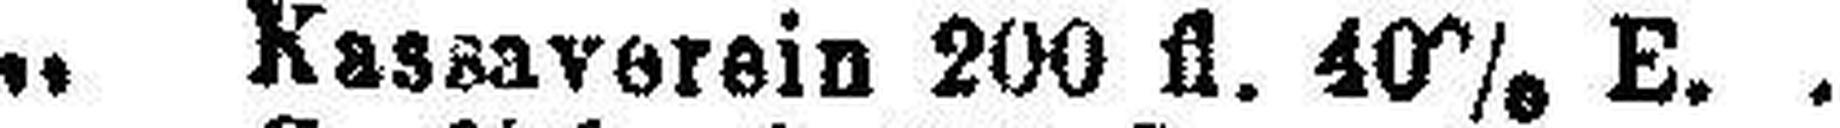
„ Kassaverein 200 fl. 40% E.